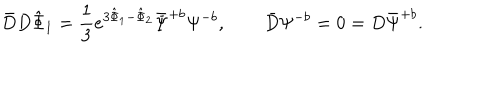
\bar { D } D { \hat { \Phi } } _ { 1 } = { \frac { 1 } { 3 } } e ^ { 3 { \hat { \Phi } } _ { 1 } - { \hat { \Phi } } _ { 2 } } \bar { \Psi } ^ { + b } \Psi ^ { - b } , \qquad \bar { D } \Psi ^ { - b } = 0 = D \bar { \Psi } ^ { + b } .